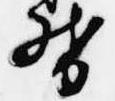
督